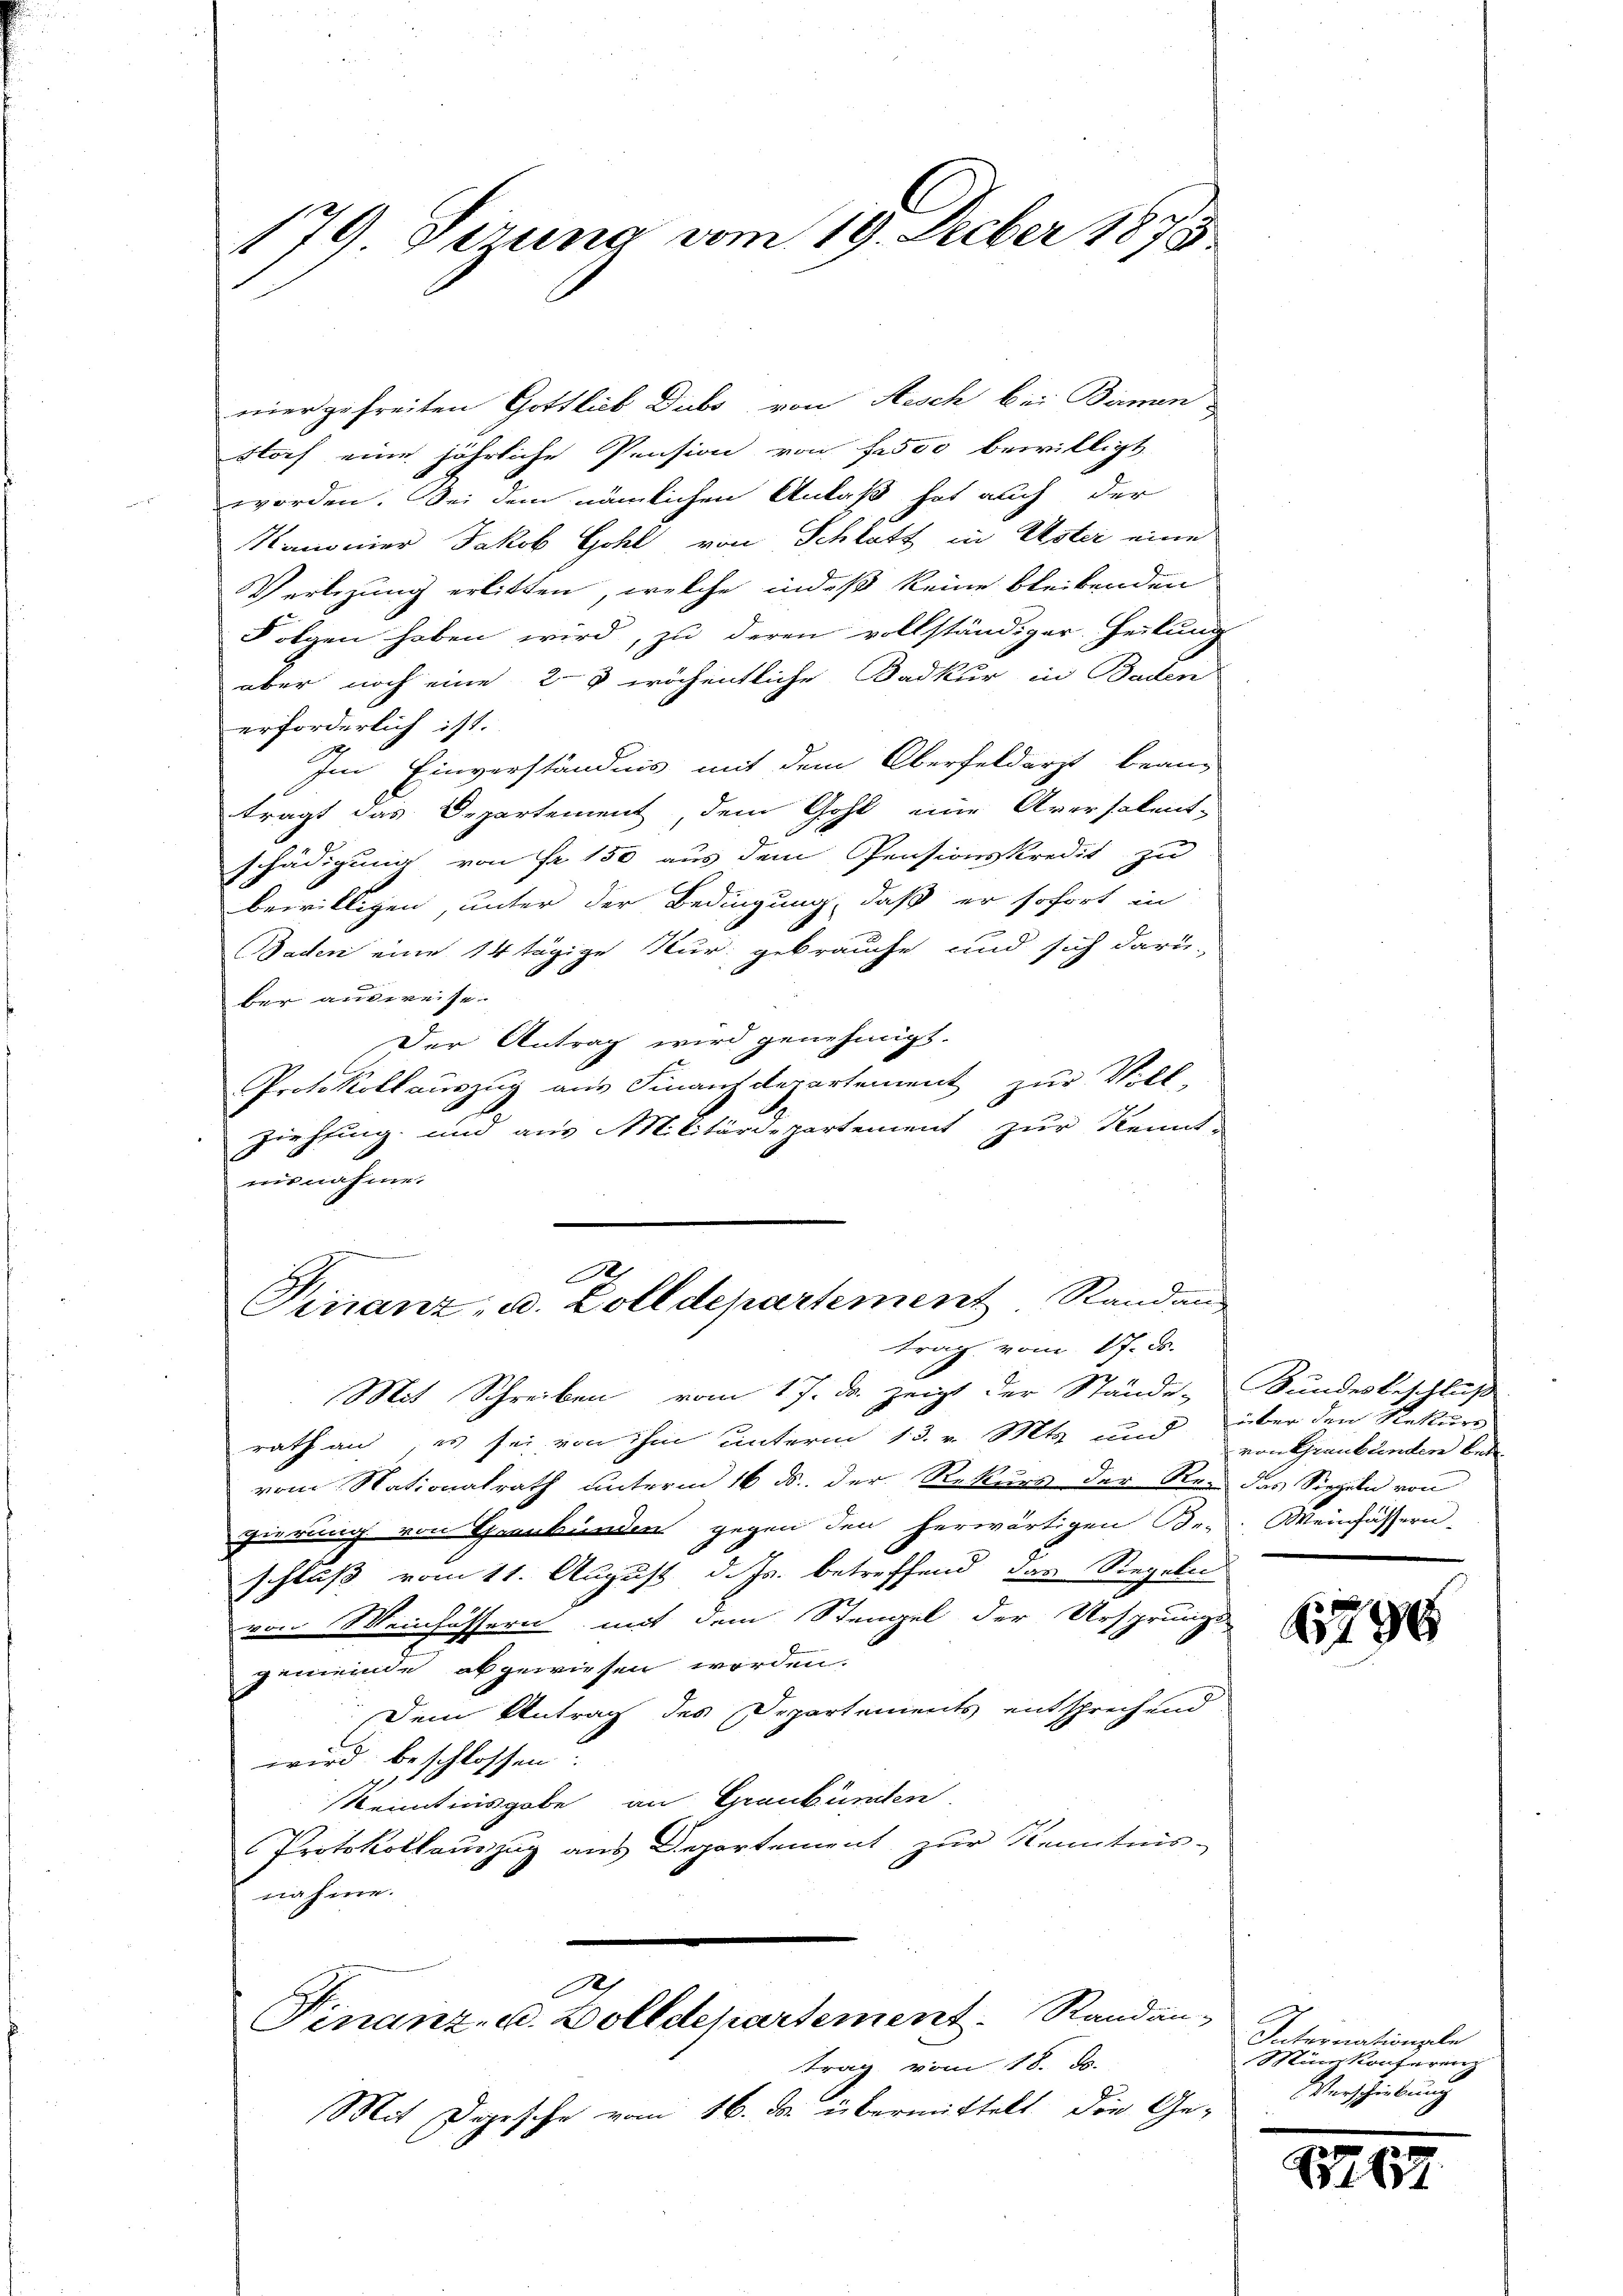
nier gefreiten Gottlieb Dubs, von Aesch bei Bämen
Storf eine jährliche Pension von fasse bewilligt.
worden. Sei dem nämlichen Anlaß hat auch der
Kanonier Jakob Gohl von Schlatt in Uster eine
Verlegung erlitten, welche indeß keine bleibenden
Folgen haben wird, zu deren vollständiger Heilung
aber noch eine 2–3 wöchentliche Badkur in Baden
erforderlich ist.
Im Einverständnis mit dem Oberfeldarzt bean-
trägt das Departement, dem Gohl eine Aversalent-
schädigung von Fr. 150 aus dem Pensionskredit zu
bewilligen, unter der Bedingung, daß er sofort in
Saden eine 14 tägige Nur gebrauche und sich darü-
ber ausweise.
Der Antrag wird genehmigt.
Protokollauszug aus Finanzdepartement zur Vill-
ziehung und aus Militärdepartement zur Kennt-
nisnahme.
e
Finanz- u. Zolldepartement Randan
trag vom 17. d.
Mit Schreiben vom 17. ds. zeigt der Stände Bundesbeschluß
rath an, es sei von ihm unterm 13. v. Mts. und über den Rekurr
vom Nationalrath unterm 16 ds. der Rekurs der Re- das Siegeln von
gierung von Trankunden gegen den herwärtigen Be-
schluß vom 11. August d. Js. betreffend das Siegeln
von Meinhössern mit dem Stangel der Ursprungs-
gemeinde abgewiesen worden.
Dem Antrag des Departements entsprechend
wird beschlossen
Kenntnisgabe an Graubünden
Protokollauszug aus Departement zur Kenntnis-
nahme.
e

179 Tizung vom 19. Feber 1873

Finanz- u. Zolldepartement. Randantrag vom 18. ds.

Mit Dorsche vom 16. ds. übermittelt die Ge-

von Graubünden bei
Weinfassern.

1786

Internationsale
Münkonferenz
Verschiebung

1567